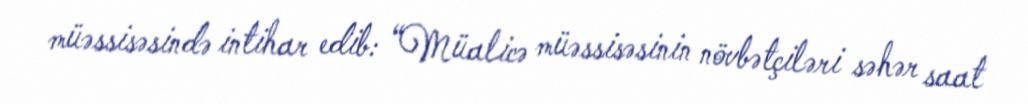
müəssisəsində intihar edib: “Müalicə müəssisəsinin növbətçiləri səhər saat